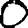
Digit: 0